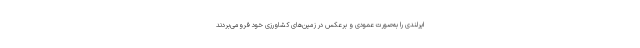
ایرلندی را به‌صورت عمودی و برعکس در زمین‌های کشاورزی خود فرومی‌بردند